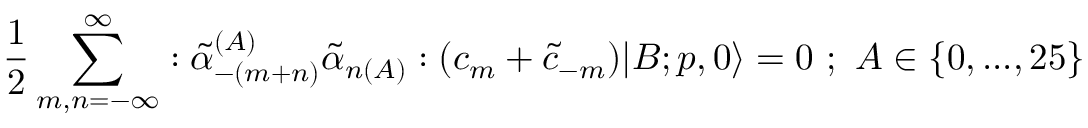
\frac { 1 } { 2 } \sum _ { m , n = - \infty } ^ { \infty } : \tilde { \alpha } _ { - ( m + n ) } ^ { ( A ) } \tilde { \alpha } _ { n ( A ) } : ( c _ { m } + \tilde { c } _ { - m } ) | B ; p , 0 \rangle = 0 \, \, ; \, \, A \in \{ 0 , . . . , 2 5 \}